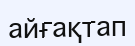
айғақтап